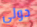
دولي